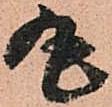
丸